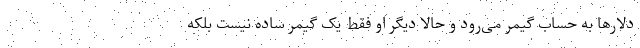
دلارها به حساب گیمر می‌رود و حالا دیگر او فقط یک گیمر ساده نیست بلکه